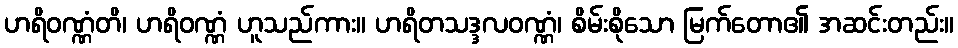
ဟရိဝဏ္ဏံတိ၊ ဟရိဝဏ္ဏံ ဟူသည်ကား။ ဟရိတသဒ္ဒလဝဏ္ဏံ၊ စိမ်းစိုသော မြက်တော၏ အဆင်းတည်း။